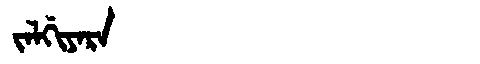
Manchu: ᠵᠠᠯᡤᡳᠶᠠᡵᠠ
Romanization: JALGIYARA